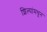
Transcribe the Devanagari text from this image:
शिल्पांमधून